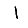
Digit: 1